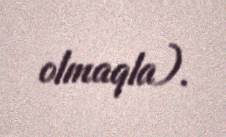
olmaqla).